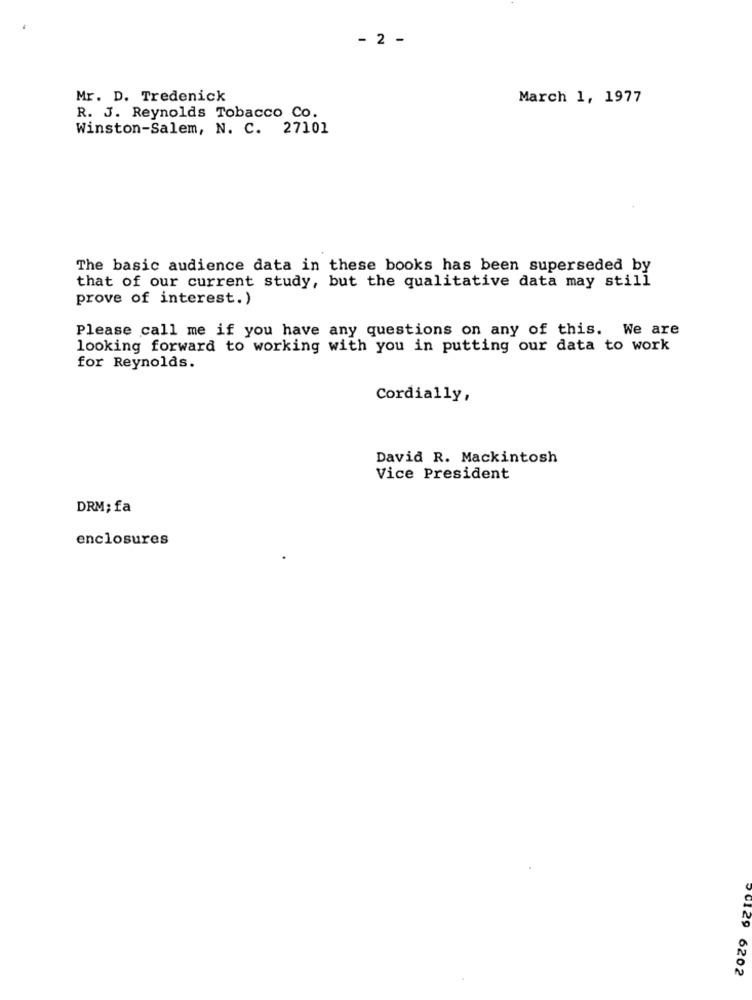
- 2 -
Mr. D. Tredenick
March 1, 1977
R. J. Reynolds Tobacco Co.
Winston-Salem, N. C. 27101
The basic audience data in these books has been superseded by
that of our current study, but the qualitative data may still
prove of interest.)
Please call me if you have any questions on any of this. We are
looking forward to working with you in putting our data to work
for Reynolds.
Cordially,
David R. Mackintosh
Vice President
DRM; fa
enclosures
90129 6202